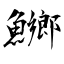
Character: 鱜